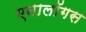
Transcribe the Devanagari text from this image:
एनालॉगस